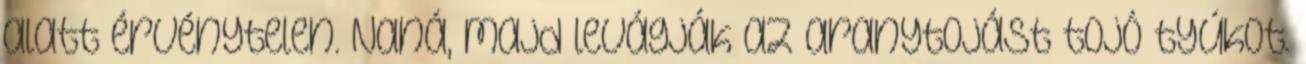
alatt érvénytelen. Naná, majd levágják az aranytojást tojó tyúkot.